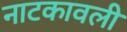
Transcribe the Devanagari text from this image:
नाटकावली